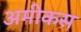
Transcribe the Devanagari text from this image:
अमीकस